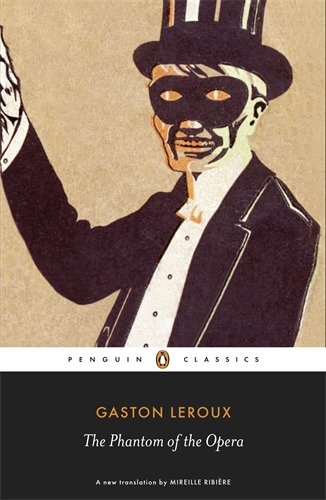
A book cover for The Phantom of the Opera (Penguin Classics); Gaston Leroux; Literature & Fiction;